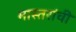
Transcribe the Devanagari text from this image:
मास्तरांची